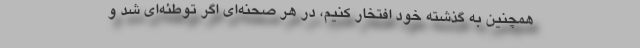
همچنین به گذشته خود افتخار کنیم، در هر صحنه‌ای اگر توطئه‌ای شد و